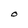
Character: O